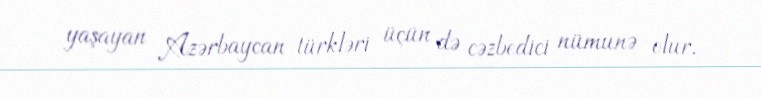
yaşayan Azərbaycan türkləri üçün də cəzbedici nümunə olur.